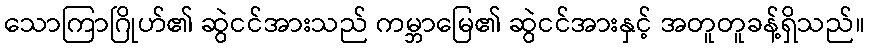
သောကြာဂြိုဟ်၏ ဆွဲငင်အားသည် ကမ္ဘာမြေ၏ ဆွဲငင်အားနှင့် အတူတူခန့်ရှိသည်။